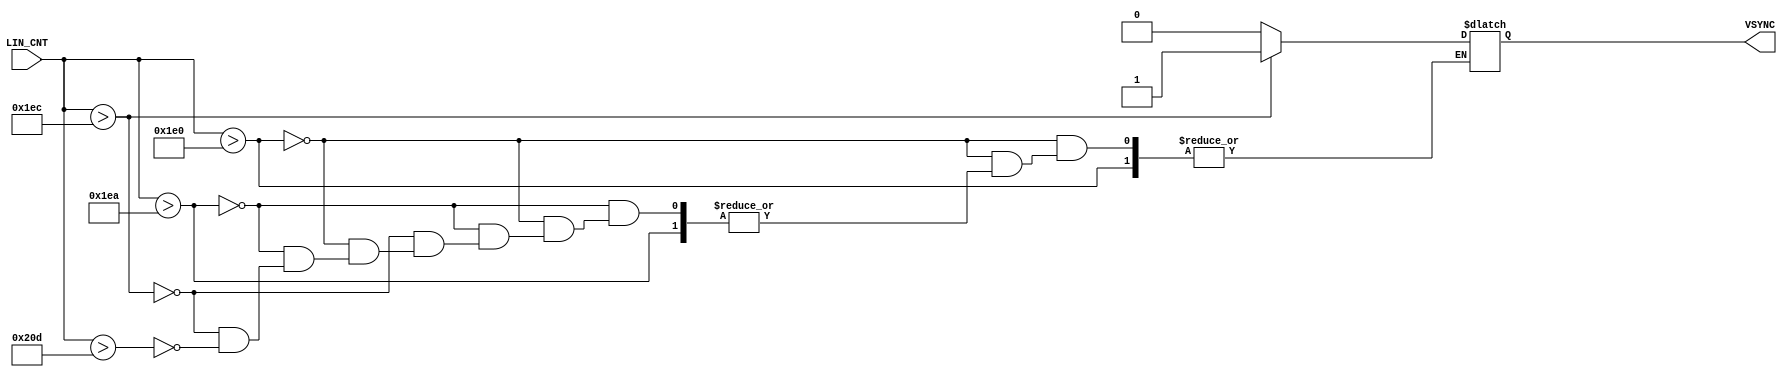
`timescale 1ns / 1ps
//////////////////////////////////////////////////////////////////////////////////
// Company: 
// Engineer: 
// 
// Design Name: 
// Module Name: Vsync
// Project Name: 
// Target Devices: 
// Tool Versions: 
// Description: 
// 
// Dependencies: 
// 
// Revision:
// Revision 0.01 - File Created
// Additional Comments:
// 
//////////////////////////////////////////////////////////////////////////////////


module Vsync(
    input LIN_CNT,
    output reg VSYNC
    );
    
        always @(LIN_CNT) begin
        if(LIN_CNT > 480)begin // VISIBLE AREA
        end else if (LIN_CNT > 480 + 10)begin // FRONT PORCH
        end else if (LIN_CNT > 480 + 10 + 2)begin // SYNC PULSE
            VSYNC = 1;
        end else if (LIN_CNT > 480 + 10 + 2 + 33)begin // BACK PORCH
            VSYNC = 0;
        
        end
    end
endmodule